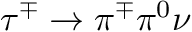
\tau ^ { \mp } \to \pi ^ { \mp } \pi ^ { 0 } \nu